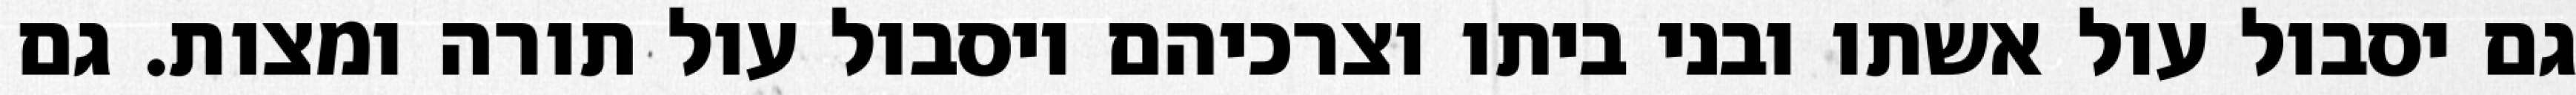
גם יסבול עול אשתו ובני ביתו וצרכיהם ויסבול עול תורה ומצות. גם